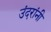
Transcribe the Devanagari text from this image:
उंदरांनी